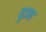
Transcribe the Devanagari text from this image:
पुटका